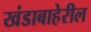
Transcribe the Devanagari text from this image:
खंडाबाहेरील